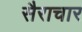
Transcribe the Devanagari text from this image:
सैराचार